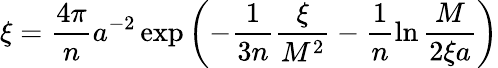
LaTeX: \xi=\frac{4\pi}{n}a^{-2}\exp\left(-\frac{1}{3n}\frac{\xi}{M^{2}}-\frac{1}{n}\ln\frac{M}{2\xi a}\right)